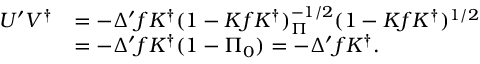
\begin{array} { r l } { { U ^ { \prime } V ^ { \dag } } } & { { = - \Delta ^ { \prime } f K ^ { \dag } ( 1 - K f K ^ { \dag } ) _ { \Pi } ^ { - 1 / 2 } ( 1 - K f K ^ { \dag } ) ^ { 1 / 2 } } } \\ { { } } & { { = - \Delta ^ { \prime } f K ^ { \dag } ( 1 - \Pi _ { 0 } ) = - \Delta ^ { \prime } f K ^ { \dag } . } } \end{array}